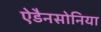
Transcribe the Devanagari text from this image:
ऐडैनसोनिया